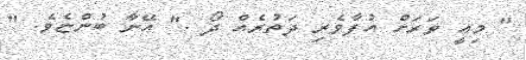
" މިއީ ވަރަށް އުފާވެރި ދަތުރެއް ދޯ ." އޭނާ ބުންޏެވެ. "